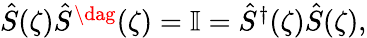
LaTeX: \begin{array}{r}{\hat{S}(\zeta)\hat{S}^{\dag}(\zeta)=\mathbb{I}=\hat{S}^{\dagger}(\zeta)\hat{S}(\zeta),}\end{array}